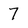
Character: 7